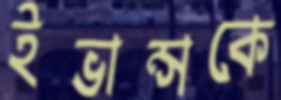
ইভান্সকে